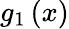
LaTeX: g_{1}\left(x\right)